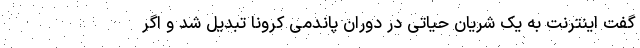
گفت اینترنت به یک شریان حیاتی در دوران پاندمی کرونا تبدیل شد و اگر